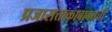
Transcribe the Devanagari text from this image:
प्रजासत्ताकाबाबतची